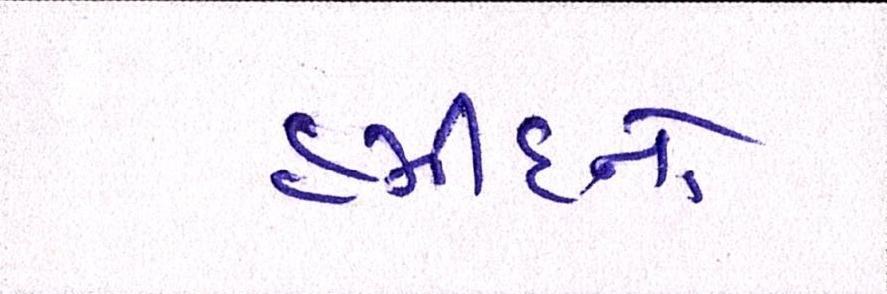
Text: હમીદનો